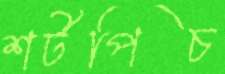
শর্টপিচ